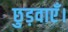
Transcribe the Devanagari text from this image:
छुड़वाएँ।